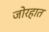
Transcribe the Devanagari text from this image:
जोरहात